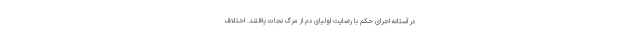
در آستانه اجرای حکم با رضایت اولیای دم از مرگ نجات یافتند. اختلاف